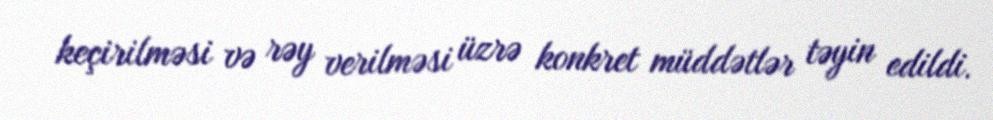
keçirilməsi və rəy verilməsi üzrə konkret müddətlər təyin edildi.